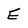
Character: E